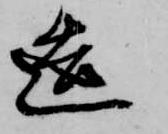
造